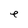
Character: e